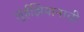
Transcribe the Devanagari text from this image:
लुईझियानाची